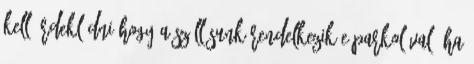
kell érdeklődni hogy a szállásunk rendelkezik e parkolóval. Ha